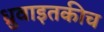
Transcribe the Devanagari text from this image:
ध्रुवाइतकीच